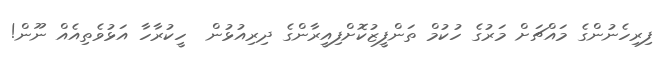
ފިރިހެނުންގެ މައްޗަށް މަރުގެ ހުކުމް ތަންފީޒުކޮށްފިއީރާންގެ ދިރިއުޅުން  ހީކުރާހާ އަޅުވެތިއެއް ނޫން!